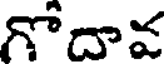
గొదావ